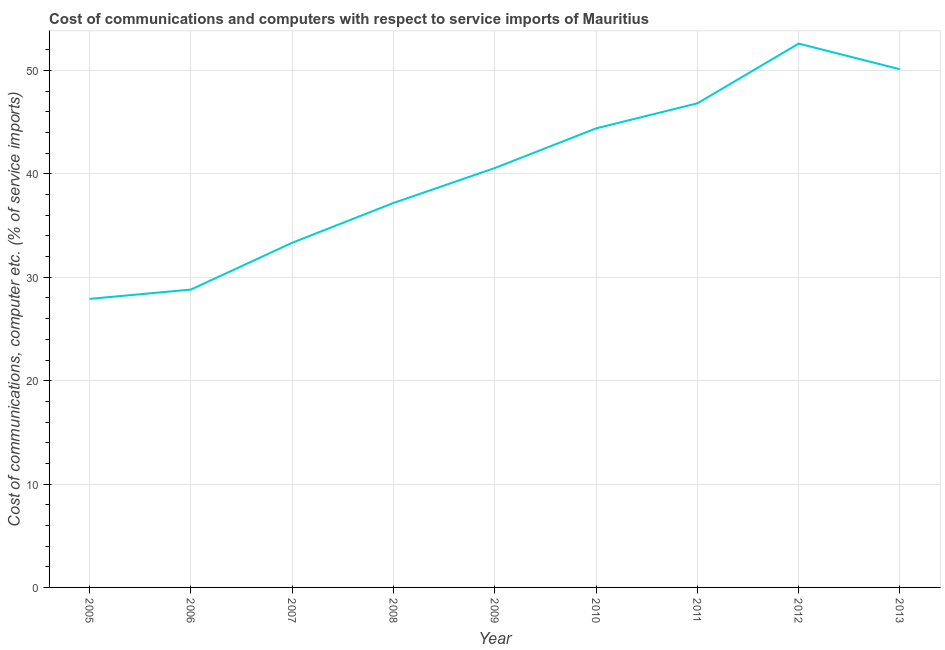
| Year | Communications |
 | --- | --- |
 | 2005 | 27.9 |
 | 2006 | 28.8 |
 | 2007 | 33.3 |
 | 2008 | 37.2 |
 | 2009 | 40.6 |
 | 2010 | 44.4 |
 | 2011 | 46.8 |
 | 2012 | 52.6 |
 | 2013 | 50.1 |